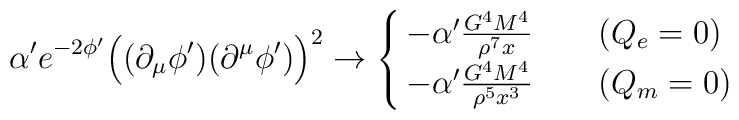
\alpha' e^{-2\phi'} \Bigl((\partial_{\mu} \phi') (\partial^{\mu} \phi')\Bigr)^2\rightarrow  \cases{- \alpha' \frac{G^4M^4}{\rho^7 x} ~~~&($Q_e=0$) \cr- \alpha' \frac{G^4M^4}{\rho^5 x^3} ~~~&($Q_m=0$) \cr}